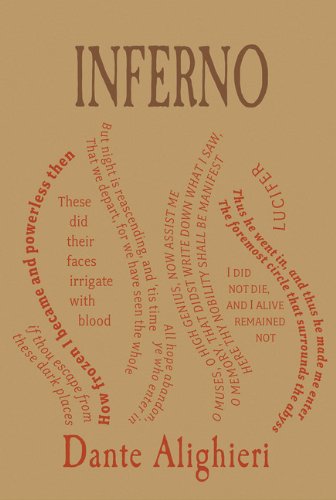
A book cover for Inferno (Word Cloud Classics); Dante Alighieri; Christian Books & Bibles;